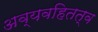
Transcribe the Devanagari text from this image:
अव्यवहितत्व